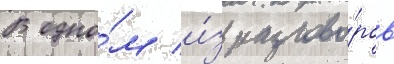
В одно́м и́з разгово́ров